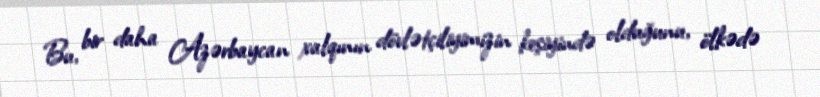
Bu, bir daha Azərbaycan xalqının dövlətçiliyimizin keşiyində olduğunu, ölkədə